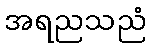
အရညသညံ